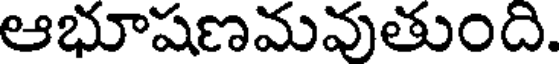
ఆభూషణమవుతుంది.